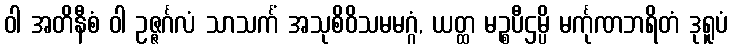
ဝါ အတိနီစံ ဝါ ဥဇ္ဇင်္ဂလံ သာသင်္ကံ အသုစိဝိသမမဂ္ဂံ, ယတ္ထ မဉ္စပီဌမ္ပိ မင်္ကုဏဘရိတံ ဒုရူပံ